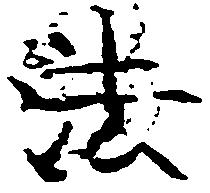
法